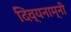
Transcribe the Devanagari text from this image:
दिव्यनाम्नी